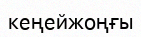
кеңейжоңғы